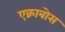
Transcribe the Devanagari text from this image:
एक्राबोस